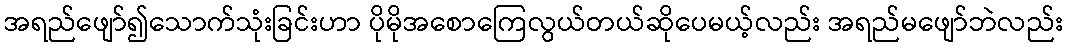
အရည်ဖျော်၍သောက်သုံးခြင်းဟာ ပိုမိုအစောကြေလွယ်တယ်ဆိုပေမယ့်လည်း အရည်မဖျော်ဘဲလည်း